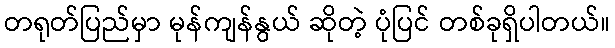
တရုတ်ပြည်မှာ မုန်ကျန်နွယ် ဆိုတဲ့ ပုံပြင် တစ်ခုရှိပါတယ်။